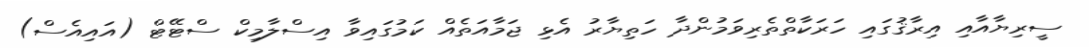
ސީރިޔާއާއި އިރާޤުގައި ހަރަކާތްތެރިވަމުންދާ ހަތިޔާރު އެޅި ޖަމާއަތެއް ކަމުގައިވާ އިސްލާމިކް ސްޓޭޓް (އައިއެސް)